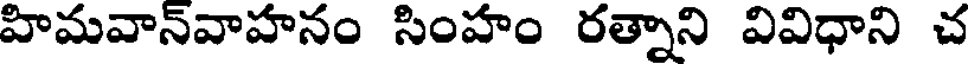
హిమవాన్వాహనం సింహం రత్నాని వివిధాని చ